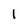
Character: I